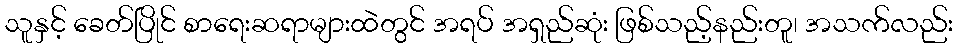
သူနှင့် ခေတ်ပြိုင် စာရေးဆရာများထဲတွင် အရပ် အရှည်ဆုံး ဖြစ်သည့်နည်းတူ၊ အသက်လည်း